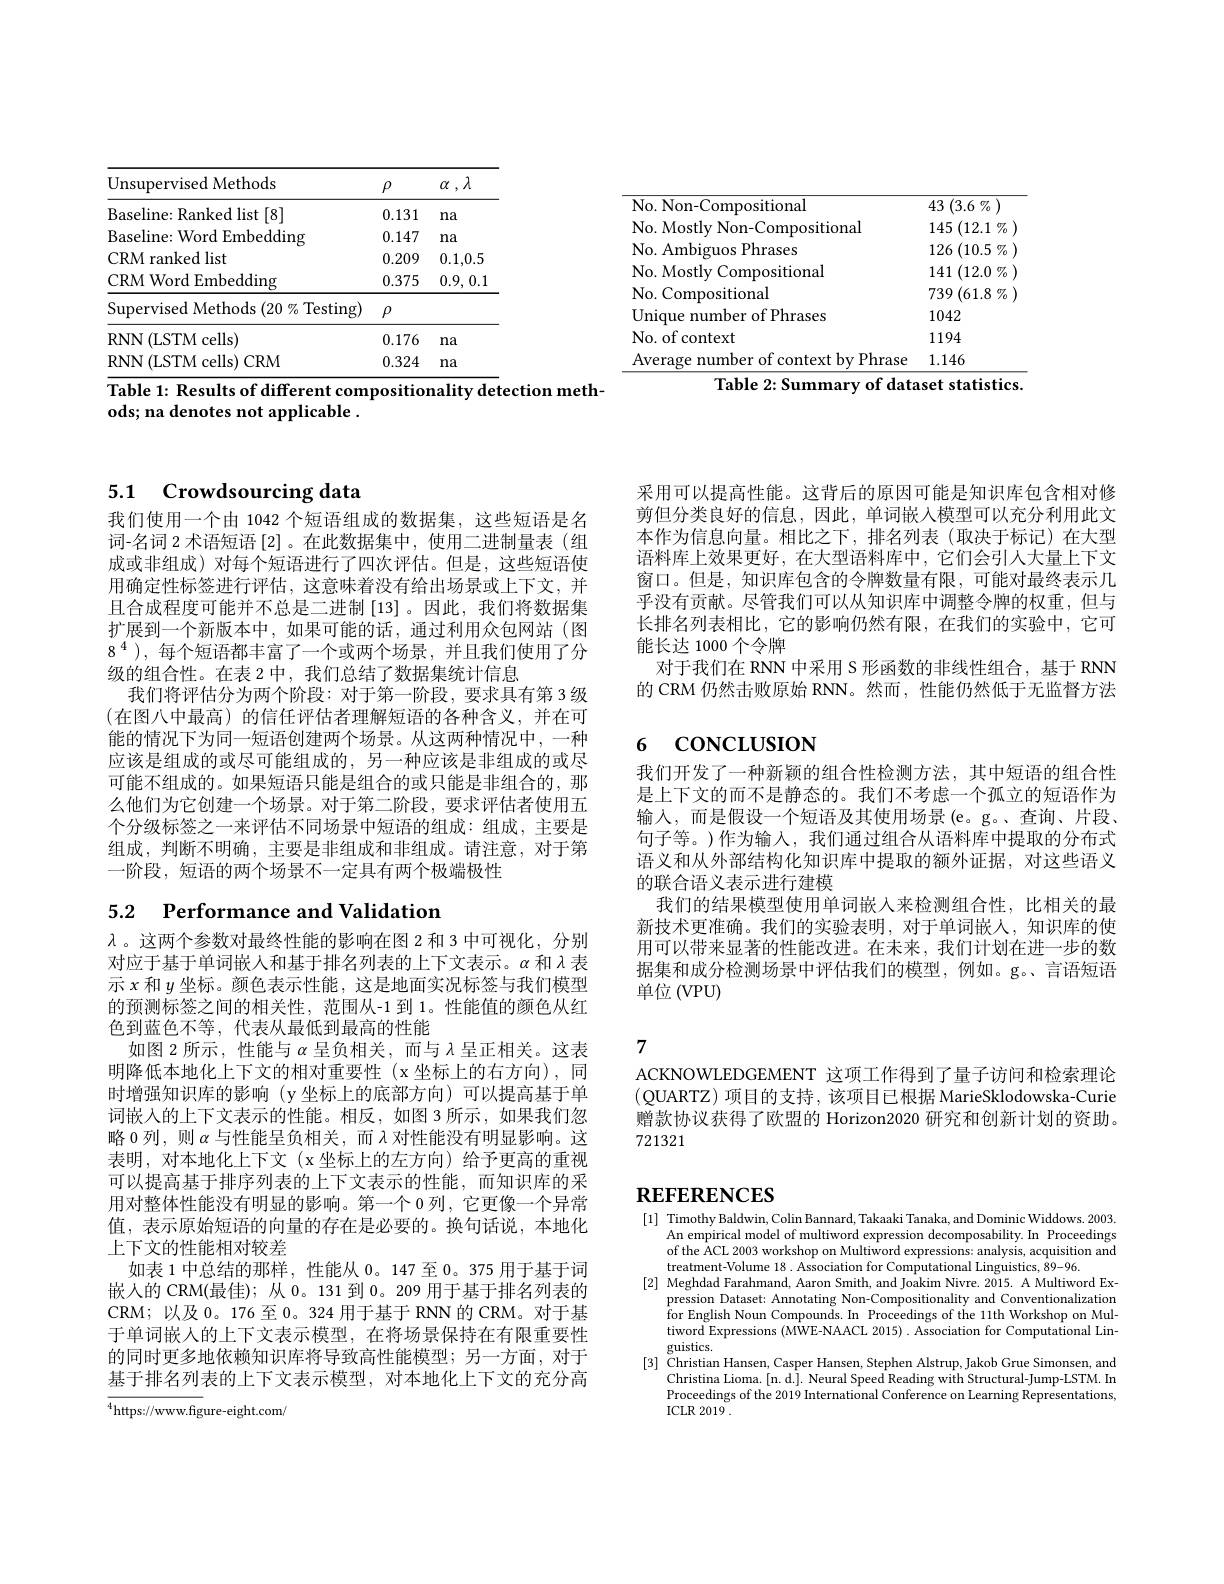
<table>
	<tbody>
		<tr>
			<th>Unsupervised Methods</th>
			<th>$\rho$</th>
			<th>$\lambda$ $\alpha$ , $\prime$</th>
		</tr>
		<tr>
			<td>Baseline: Ranked list [8]</td>
			<td>0.131</td>
			<td>$na$</td>
		</tr>
		<tr>
			<td>Baseline: Word Embedding</td>
			<td>0.147</td>
			<td>$na$</td>
		</tr>
		<tr>
			<td>CRM ranked list</td>
			<td>0.209</td>
			<td>0.1,0.5</td>
		</tr>
		<tr>
			<td>CRM Word Embedding</td>
			<td>0.375</td>
			<td>0.9, 0.1</td>
		</tr>
		<tr>
			<td>Supervised Methods $(20\%$ Testing)</td>
			<td>$\rho$</td>
			<td> </td>
		</tr>
		<tr>
			<td>RNN( LSTMcells) </td>
			<td>0.176</td>
			<td>$na$</td>
		</tr>
		<tr>
			<td>RNN(LSTM cells) CRM</td>
			<td>0.324</td>
			<td>$na$</td>
		</tr>
	</tbody>
</table>
Table 1: Results of different compositionality detection meth-

ods; na denotes not applicable .

<table>
	<tbody>
		<tr>
			<td>No. Non-Compositional</td>
			<td>43 $(3.6\%$</td>
		</tr>
		<tr>
			<td>No. Mostly Non- Compositional</td>
			<td>145 (12.1 $\%$</td>
		</tr>
		<tr>
			<td>No. Ambiguos Phrases</td>
			<td>126 (10.5 $\%$</td>
		</tr>
		<tr>
			<td>No. Mostly Compositional</td>
			<td>141 (12.0 $\%$</td>
		</tr>
		<tr>
			<td>No. Compositional</td>
			<td>739 $9\left(61.8\right.\%$</td>
		</tr>
		<tr>
			<td>Unique number of Phrases</td>
			<td>1042</td>
		</tr>
		<tr>
			<td>No. of context</td>
			<td>1194</td>
		</tr>
		<tr>
			<td>Average number of context by Phrase</td>
			<td>1.146</td>
		</tr>
	</tbody>
</table>

# 5.1 Crowdsourcing data

我们使用一个由 1042 个短语组成的数据集，这些短语是名词-名词 2 术语短语[2] 。在此数据集中，使用二进制量表(组成或非组成) 对每个短语进行了四次评估。但是，这些短语使用确定性标签进行评估，这意味着没有给出场景或上下文，并且合成程度可能并不总是二进制 [13]。因此，我们将数据集扩展到一个新版本中，如果可能的话，通过利用众包网站(图$8^4$ ),每个短语都丰富了一个或两个场景，并且我们使用了分级的组合性。在表 2 中，我们总结了数据集统计信息
我们将评估分为两个阶段：对于第一阶段，要求具有第 3 级(在图八中最高)的信任评估者理解短语的各种含义，并在可能的情况下为同一短语创建两个场景。从这两种情况中，一种应该是组成的或尽可能组成的，另一种应该是非组成的或尽可能不组成的。如果短语只能是组合的或只能是非组合的，那么他们为它创建一个场景。对于第二阶段，要求评估者使用五个分级标签之一来评估不同场景中短语的组成：组成，主要是组成，判断不明确，主要是非组成和非组成。请注意，对于第一阶段，短语的两个场景不一定具有两个极端极性

5.2 $\textbf{Performance and Validation}$

$\lambda$ 。这两个参数对最终性能的影响在图 2 和 3 中可视化，分别对应于基于单词嵌入和基于排名列表的上下文表示。$\alpha$ 和$\lambda$ 表示$x$和$y$坐标。颜色表示性能，这是地面实况标签与我们模型的预测标签之间的相关性，范围从-1 到 1。性能值的颜色从红色到蓝色不等，代表从最低到最高的性能
如图 2 所示 , 性能与$\alpha$呈负相关，而与$\lambda$呈正相关。这表明降低本地化上下文的相对重要性 (x 坐标上的右方向),同时增强知识库的影响(y坐标上的底部方向)可以提高基于单词嵌人的上下文表示的性能。相反，如图 3 所示，如果我们忽略 0 列，则$\alpha$与性能呈负相关，而$\lambda$对性能没有明显影响。这表明，对本地化上下文(x坐标上的左方向)给予更高的重视可以提高基于排序列表的上下文表示的性能，而知识库的采用对整体性能没有明显的影响。第一个 0 列，它更像一个异常值，表示原始短语的向量的存在是必要的。换句话说，本地化上下文的性能相对较差
如表 1 中总结的那样，性能从0。147 至0。375 用于基于词嵌人的 CRM(最佳); 从 0。131 到0。209 用于基于排名列表的CRM; 以及 0。176 至0。324 用于基于 RNN 的 CRM。对于基于单词嵌人的上下文表示模型，在将场景保持在有限重要性的同时更多地依赖知识库将导致高性能模型；另一方面，对于基于排名列表的上下文表示模型，对本地化上下文的充分高

$^{4}$https://www.figure-eight.com/

采用可以提高性能。这背后的原因可能是知识库包含相对修剪但分类良好的信息，因此，单词嵌入模型可以充分利用此文本作为信息向量。相比之下，排名列表(取决于标记)在大型语料库上效果更好，在大型语料库中，它们会引人大量上下文窗口。但是，知识库包含的令牌数量有限，可能对最终表示几乎没有贡献。尽管我们可以从知识库中调整令牌的权重，但与长排名列表相比，它的影响仍然有限，在我们的实验中，它可能长达 1000 个令牌
对于我们在 RNN 中采用 S 形函数的非线性组合，基于 RNN 的 CRM 仍然击败原始 RNN。然而，性能仍然低于无监督方法

# 6 CONCLUSION

我们开发了一种新颖的组合性检测方法，其中短语的组合性是上下文的而不是静态的。我们不考虑一个孤立的短语作为输入，而是假设一个短语及其使用场景(e。g。查询、片段、 句子等。)作为输入，我们通过组合从语料库中提取的分布式语义和从外部结构化知识库中提取的额外证据，对这些语义的联合语义表示进行建模
我们的结果模型使用单词嵌入来检测组合性，比相关的最新技术更准确。我们的实验表明，对于单词嵌人，知识库的使用可以带来显著的性能改进。在未来，我们计划在进一步的数据集和成分检测场景中评估我们的模型，例如。g。、言语短语单位 (VPU)

7

ACKNOWLEDGEMENT 这项工作得到了量子访问和检索理论(QUARTZ)项目的支持，该项目已根据 MarieSklodowska-Curie 赠款协议获得了欧盟的 Horizon2020 研究和创新计划的资助。721321

# REFERENCES

[1] Timothy Baldwin, Colin Bannard, Takaaki Tanaka, and Dominic Widdows. 2003.
An empirical model of multiword expression decomposability.In Proceedings of the ACL 2003 workshop on Multiword expressions: analysis, acquisition and treatment-Volume 18 . Association for Computational Linguistics, 89-96.
$\begin{array}{c}[2]&\text{Meghdad Farahmand, Aaron Smith, and Joakim Nivre. 2015. A Multiword Ex-}\\&\text{pression Dataset: Annotating Non-Compositionality and Conventionalization}\\&\text{for Eordich Naun Comndr In Broodinar of tho 111th Worlchon an Mul}\end{array}$
for English Noun Compounds.In Proceedings of the 11th Workshop on Multiword Expressions (MWE-NAACL 2015) . Association for Computational Lin- $guistics.$
[3] Christian Hansen, Casper Hansen, Stephen Alstrup, Jakob Grue Simonsen, and
Christina Lioma.[n.d.]. Neural Speed Reading with Structural-Jump-LSTM. In Proceedings of the 2019 International Conference on Learning Representations, ICLR 2019 .